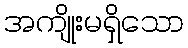
အကျိုးမရှိသော